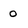
Character: o